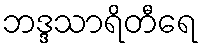
ဘဒ္ဒသာရိတီရေ